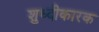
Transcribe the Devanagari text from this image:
शुध्दीकारक